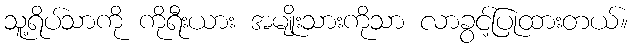
သူ့ရိပ်သာကို ကိုရီးယား အမျိုးသားကိုသာ လာခွင့်ပြုထားတယ်။